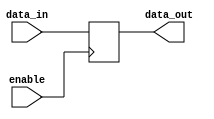
module data_enable_latch (
    input wire data_in,
    input wire enable,
    output reg data_out
);

always @ (posedge enable)
begin
    data_out <= data_in;
end

endmodule